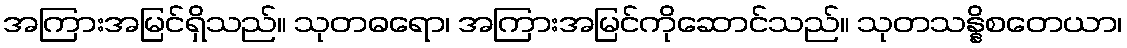
အကြားအမြင်ရှိသည်။ သုတဓရော၊ အကြားအမြင်ကိုဆောင်သည်။ သုတသန္နိစတေယာ၊